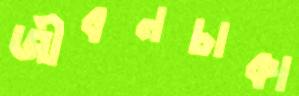
জীবনচাকা